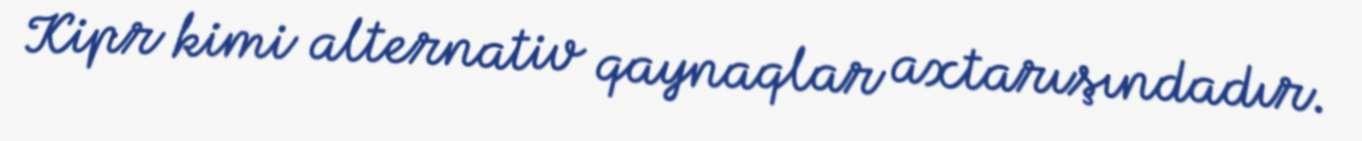
Kipr kimi alternativ qaynaqlar axtarışındadır.